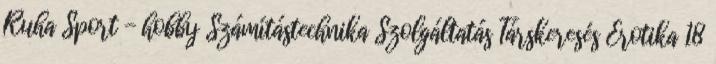
Ruha Sport - hobby Számítástechnika Szolgáltatás Társkeresés Erotika 18